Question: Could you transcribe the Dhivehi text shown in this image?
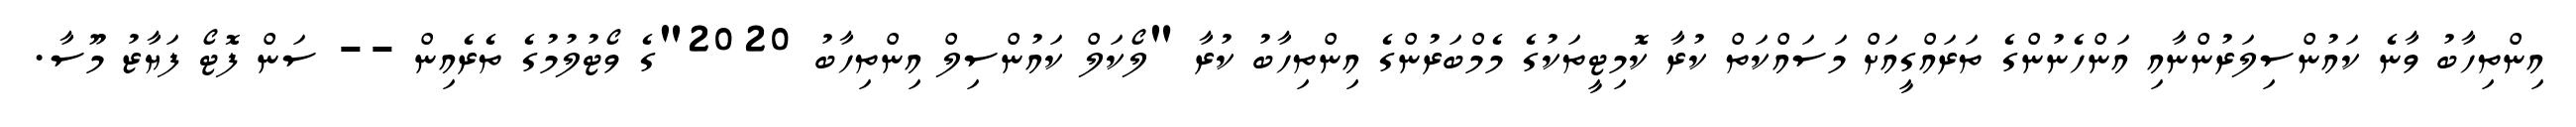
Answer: އިންތިހާބު ވާނެ ކައުންސިލަރުންނާއި އަންހެނުންގެ ތަރައްގީއަށް މަސައްކަތް ކުރާ ކޮމިޓީތަކުގެ މެމްބަރުންގެ އިންތިހާބު ކުރާ "ލޯކަލް ކައުންސިލް އިންތިހާބު 2020"ގެ ވޯޓުލުމުގެ ތެރެއިން -- ސަން ފޮޓޯ ފަޔާޒު މޫސާ.